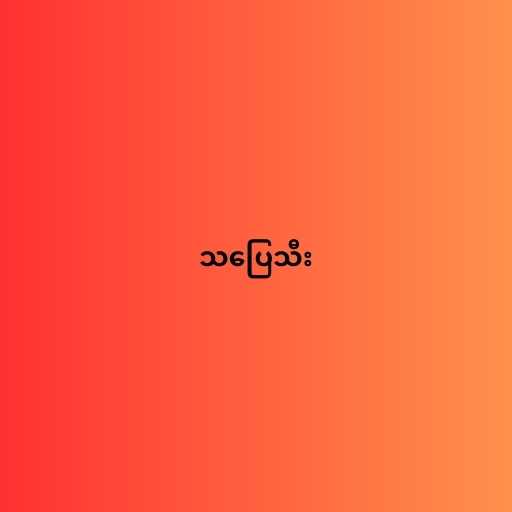
သပြေသီး